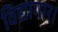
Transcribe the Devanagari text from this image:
विद्यागार।